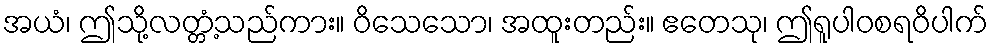
အယံ၊ ဤသို့လတ္တံ့သည်ကား။ ဝိသေသော၊ အထူးတည်း။ ဧတေသု၊ ဤရူပါဝစရဝိပါက်